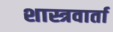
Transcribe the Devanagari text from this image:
शास्त्रवार्ता